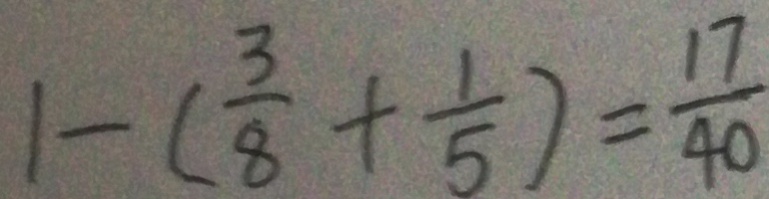
1 - ( \frac { 3 } { 8 } + \frac { 1 } { 5 } ) = \frac { 1 7 } { 4 0 }